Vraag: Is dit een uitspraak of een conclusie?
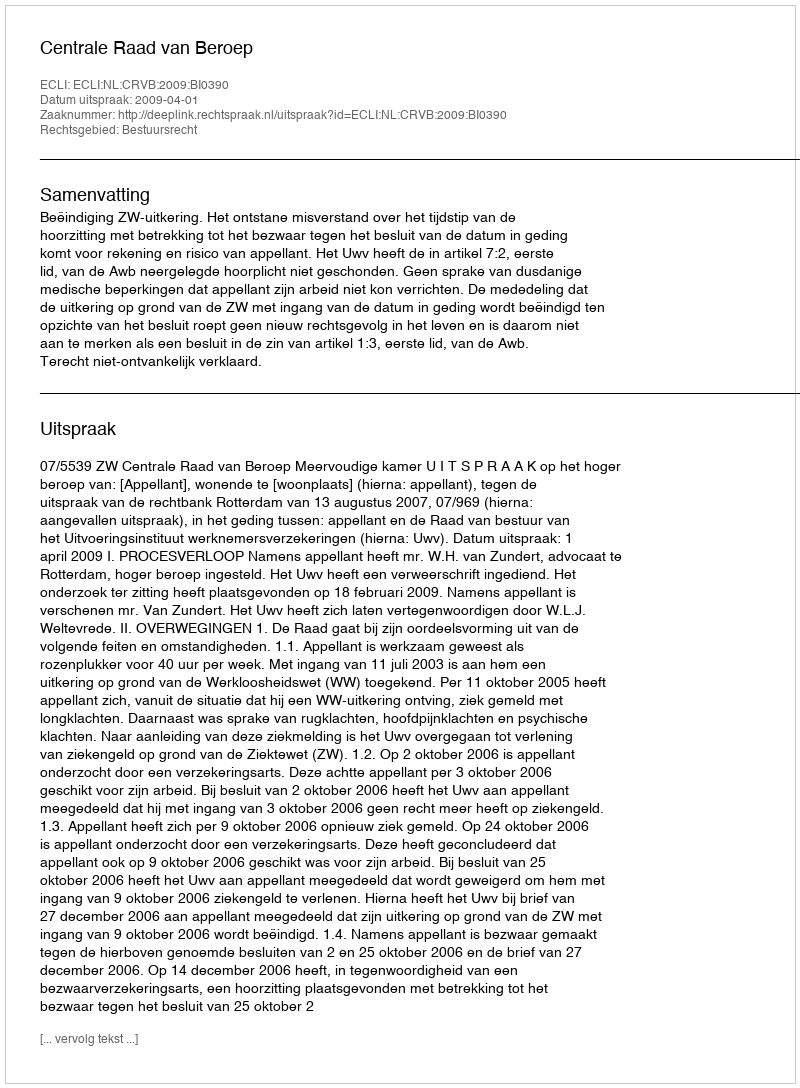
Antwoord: Uitspraak